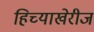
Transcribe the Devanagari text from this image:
हिच्याखेरीज